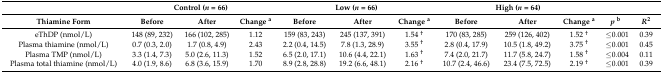
<table><thead><tr><td></td><td colspan="3"><b>Control (<i>n</i> = 66)</b></td><td colspan="3"><b>Low (<i>n</i> = 66)</b></td><td colspan="3"><b>High (<i>n</i> = 64)</b></td><td></td><td></td></tr><tr><td><b>Thiamine Form</b></td><td><b>Before</b></td><td><b>After</b></td><td><b>Change <sup>a</sup></b></td><td><b>Before</b></td><td><b>After</b></td><td><b>Change <sup>a</sup></b></td><td><b>Before</b></td><td><b>After</b></td><td><b>Change <sup>a</sup></b></td><td><b><i>p</i><sup>b</sup></b></td><td><b><i>R</i><sup>2</sup></b></td></tr></thead><tbody><tr><td>eThDP (nmol/L)</td><td>148 (89, 232)</td><td>166 (102, 285)</td><td>1.12</td><td>159 (83, 243)</td><td>245 (137, 391)</td><td>1.54 <sup>†</sup></td><td>170 (83, 285)</td><td>259 (126, 402)</td><td>1.52 <sup>†</sup></td><td>≤0.001</td><td>0.39</td></tr><tr><td>Plasma thiamine (nmol/L)</td><td>0.7 (0.3, 2.0)</td><td>1.7 (0.8, 4.9)</td><td>2.43</td><td>2.2 (0.4, 14.5)</td><td>7.8 (1.3, 28.9)</td><td>3.55 <sup>†</sup></td><td>2.8 (0.4, 17.9)</td><td>10.5 (1.8, 49.2)</td><td>3.75 <sup>†</sup></td><td>≤0.001</td><td>0.45</td></tr><tr><td>Plasma TMP (nmol/L)</td><td>3.3 (1.4, 7.3)</td><td>5.0 (2.6, 11.3)</td><td>1.52</td><td>6.5 (2.0, 17.1)</td><td>10.6 (4.4, 22.1)</td><td>1.63 <sup>†</sup></td><td>7.4 (2.0, 21.7)</td><td>11.7 (5.8, 24.7)</td><td>1.58 <sup>†</sup></td><td>≤0.004</td><td>0.11</td></tr><tr><td>Plasma total thiamine (nmol/L)</td><td>4.0 (1.9, 8.6)</td><td>6.8 (3.6, 15.9)</td><td>1.70</td><td>8.9 (2.8, 28.8)</td><td>19.2 (6.6, 48.1)</td><td>2.16 <sup>†</sup></td><td>10.7 (2.4, 46.6)</td><td>23.4 (7.5, 72.5)</td><td>2.19 <sup>†</sup></td><td>≤0.001</td><td>0.39</td></tr></tbody></table>